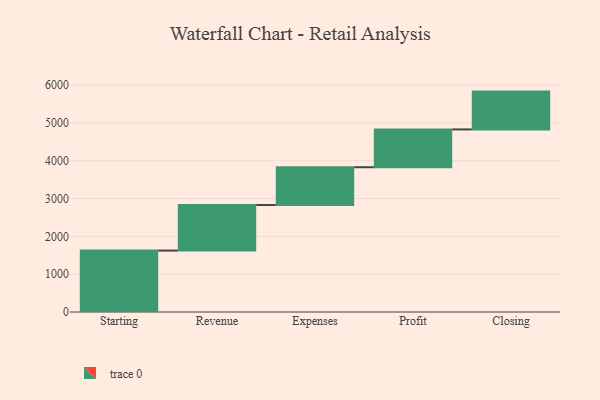
{"axis": {"x": "Step", "y": "Value"}, "legend": [""], "data": [{"x": "Starting", "y": 1625.0, "type": ""}, {"x": "Revenue", "y": 1204.0, "type": ""}, {"x": "Expenses", "y": 1000, "type": ""}, {"x": "Profit", "y": 1000, "type": ""}, {"x": "Closing", "y": 1000, "type": ""}]}